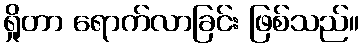
ရှိုတာ ရောက်လာခြင်း ဖြစ်သည်။